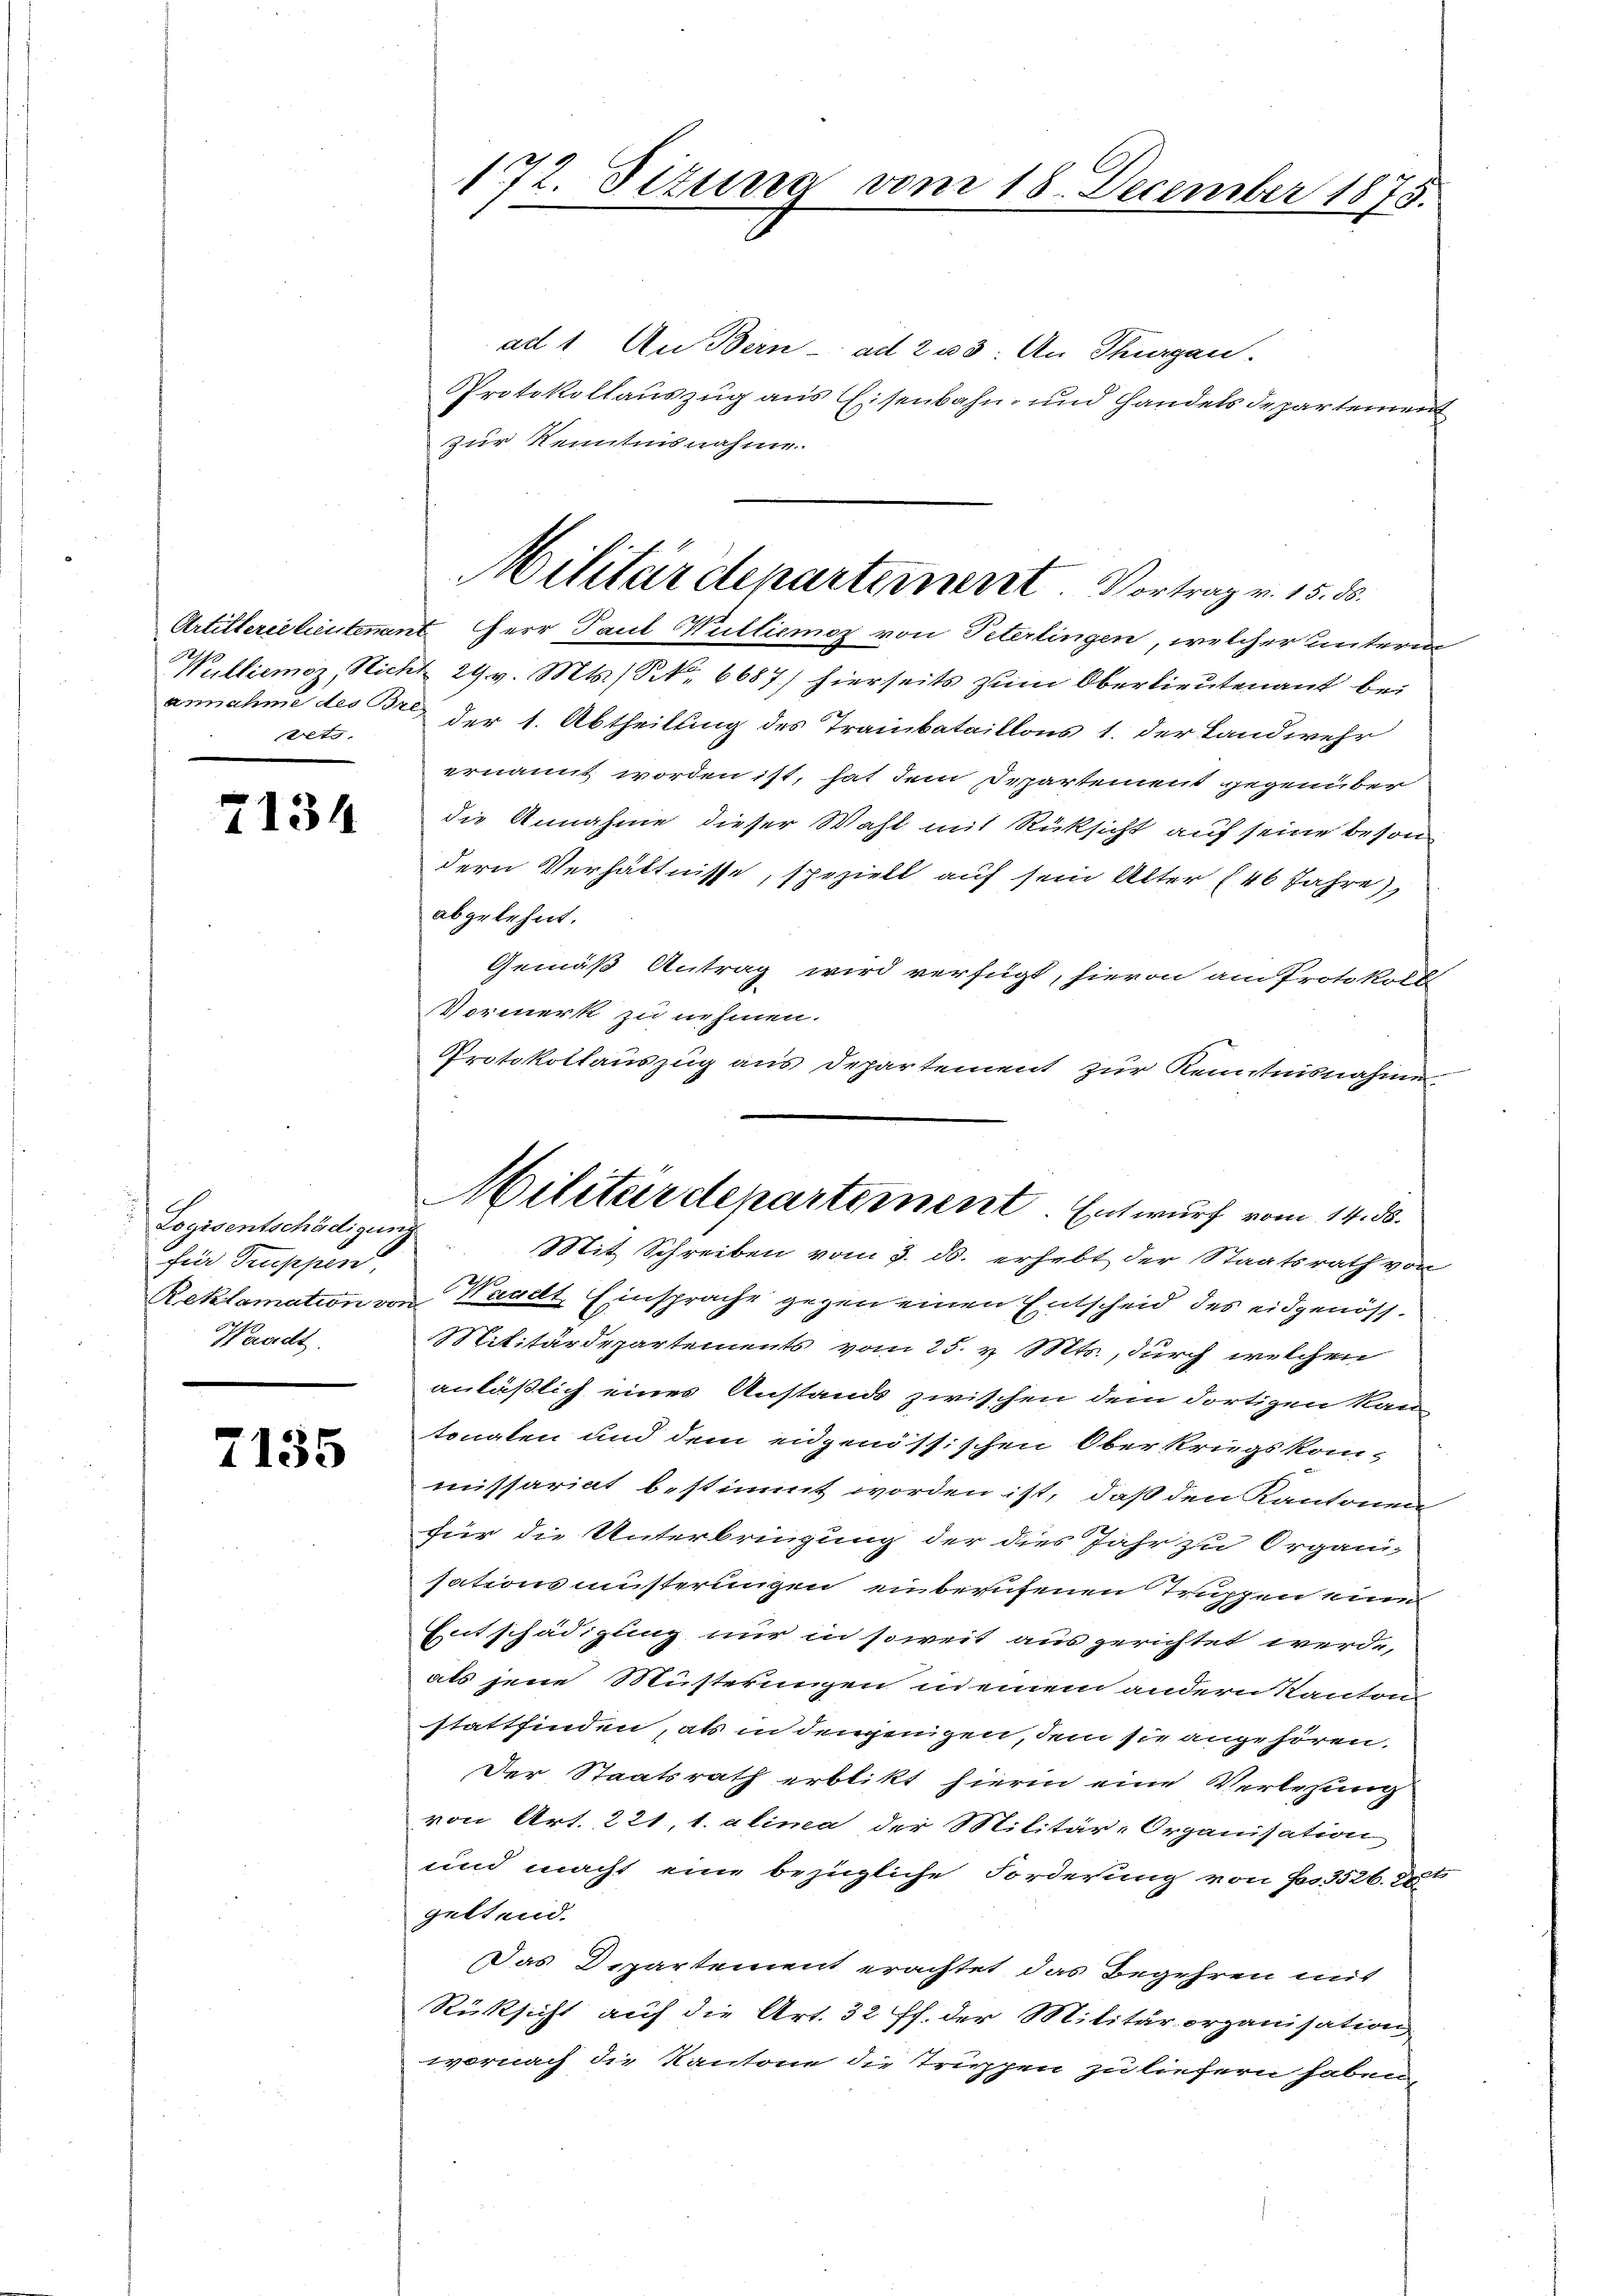
vets

7134

Logisentschädigung
für Trupperd,
Warrecht.

7135

172. Sizung vom 18. December 1875.

ad 1. An Bern - ad 233. An Thurgau.
Protokollauszug aus Eisenbahn- und Handels departement
zur Kenntnisnahme.
Artillerie lieutenant Herr Paul Wullienoz von Peterlingen, welcher untermi¬
Wulliemoz, Nicht 29 v. Mts. S. 6687) hierseits zum Oberlieutenant bei
annahme des dr der 1. Abtheilung des Trainbataillons 1. der Landwehr
ernannt worden ist, hat dem Departement gegenüber
die Annahme dieser Wahl mit Rücksicht auf seine besondern Verhältnisse, speziell auf sein Alter (46 Jahre),
abgelehnt.
Gemäß Antrag wird verfügt, hievon am Protokoll
Vormerk zu nehmen.
Protokollauszug aus Departement zur Kenntnisnahme.
Reklamation von Waadt, Einsprache gegen einen Entscheid des eidgenöss¬
Militärdepartements vom 25. v. Mts., durch welchen
anläßlich eines Anstands zwischen dem dortigen kan
tonalen und dem eidgenössischen Oberkriegskom-
missariat bestimmt worden ist, daß den Kantonen-
für die Unterbringung der dies Jahr zu Organi-
sations müsterungen einberufenen Truppen eine
Entschädigung nur in soweit aus gerichtet werde,
als jene Müsterungen in einem andern Kanton
stattfinden, als in denjenigen, dem sie angehören.
Der Staatsrath erblikt hierin eine Verlesung
von Art. 221, 1. alima der Militär-Organisation
und macht eine bezügliche Forderung von Jos. 3526. 2
geltend.
Das Departement erachtet das Begehren mit
Rücksicht auf die Art. 32 ff. der Militärorganisation
wornach die Kantone die Trippen zu liefern haben

Militärdepartement Vortrag v. 15. 38.

Militärdepartement. Entwurf vom 14. ds.
Mit Schreiben vom 3. ds. erhebt der Staatsrath von